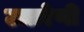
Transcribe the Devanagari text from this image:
उत्तरेणी